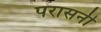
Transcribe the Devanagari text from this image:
परासनी